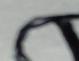
Signature authenticity: forged